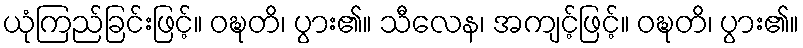
ယုံကြည်ခြင်းဖြင့်။ ဝဍ္ဎတိ၊ ပွား၏။ သီလေန၊ အကျင့်ဖြင့်။ ဝဍ္ဎတိ၊ ပွား၏။